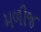
મળીજ